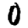
Digit: 0